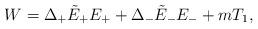
LaTeX: \begin{align*}W= \Delta_{+} \tilde{E}_{+}E_{+} + \Delta_{-}\tilde{E}_{-}E_{-}+m T_1,\end{align*}